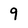
Character: 9